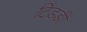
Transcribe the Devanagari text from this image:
टिड़डी